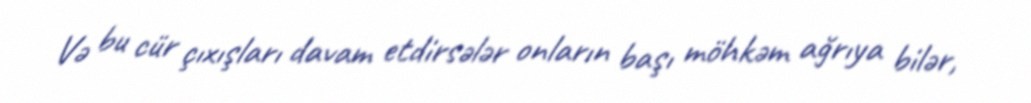
Və bu cür çıxışları davam etdirsələr onların başı möhkəm ağrıya bilər,